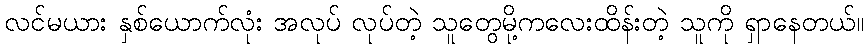
လင်မယား နှစ်ယောက်လုံး အလုပ် လုပ်တဲ့ သူတွေမို့ကလေးထိန်းတဲ့ သူကို ရှာနေတယ်။